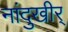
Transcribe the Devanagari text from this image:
नांदुखीर्